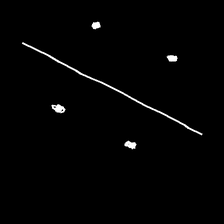
Glyph: cool